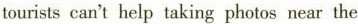
tourists can't help taking photos near the